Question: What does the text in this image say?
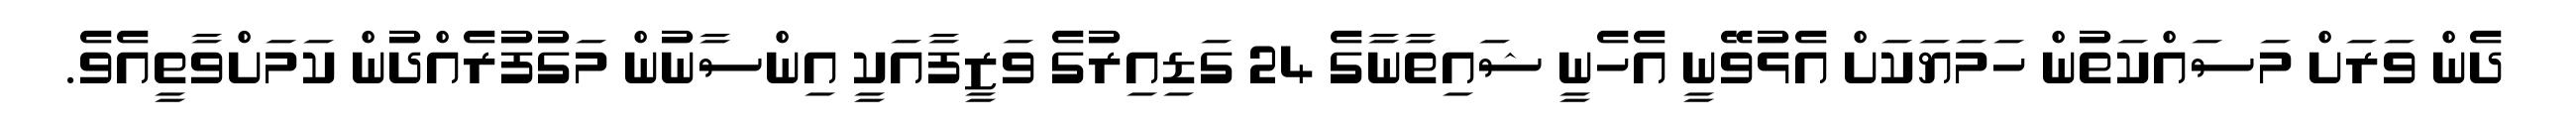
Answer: ދެން ވަރަށް މަސައްކަތުން ހަމަޔަކަށް އެޅުވޭނީ އެހެނީ ޝައިތާނާގެ 24 ގަޑިއިރުގެ ވަޒީފާއަކީ އިންސާނުން މަގުފުރެއްދުން ކަމަށްވާތީއެވެ.